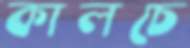
কালচে